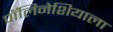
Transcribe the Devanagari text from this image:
पॉलिनेशियाला